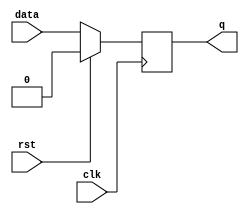
module dff_sync (data, clk, rst, q);
	input data, clk, rst;
	output reg q;

	always @ (posedge clk)
	begin
		if (rst == 1'b1)
			q <= 1'b0;
		else
			q <= data;
	end
endmodule